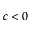
c < 0